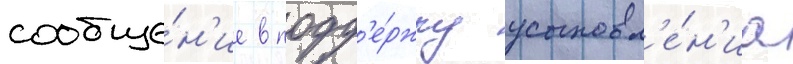
сообще́н'ие в подд'е́ржку усыновл'е́н'иа